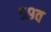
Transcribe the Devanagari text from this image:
५९व